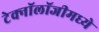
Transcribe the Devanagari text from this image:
टेक्‍नॉलॉजीमध्ये